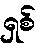
ရှစ်